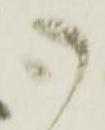
御